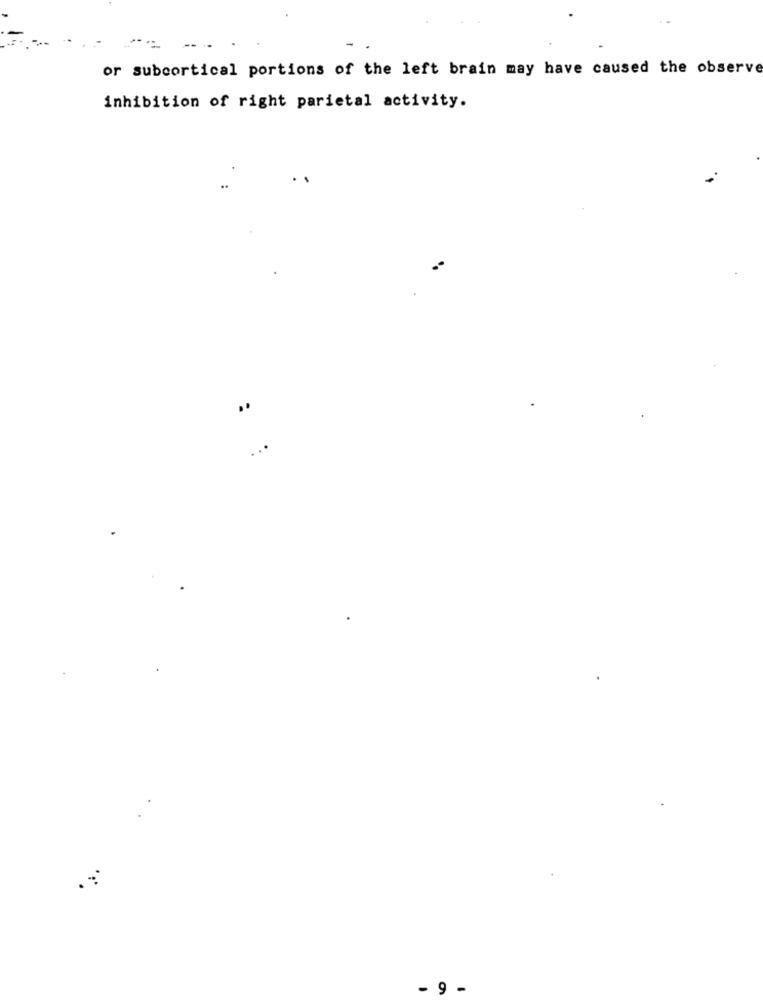
--
-
or subcortical portions of the left brain may have caused the observe
inhibition of right parietal activity.
..
- 9 .